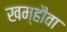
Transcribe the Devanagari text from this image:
खम्हौवा